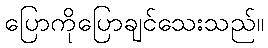
ပြောကိုပြောချင်သေးသည်။